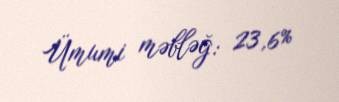
Ümumi məbləğ: 23,6%